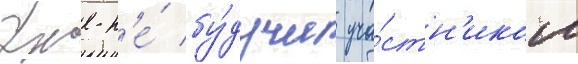
Уже н'е́ бу́дучи уча́стн'иком